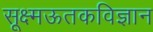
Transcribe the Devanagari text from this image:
सूक्ष्मऊतकविज्ञान